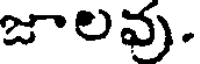
జాలవు.